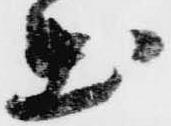
出